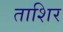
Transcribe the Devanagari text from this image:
ताशिर